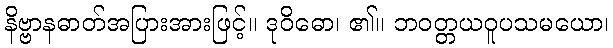
နိဗ္ဗာနဓာတ်အပြားအားဖြင့်။ ဒုဝိဓော၊ ၏။ ဘဝတ္တယဝူပသမယော၊